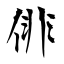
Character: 俳